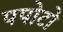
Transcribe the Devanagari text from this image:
पपोटो